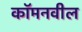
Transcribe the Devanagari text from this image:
कॉमनवील